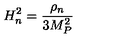
H _ { n } ^ { 2 } = { \frac { \rho _ { n } } { 3 M _ { P } ^ { 2 } } }